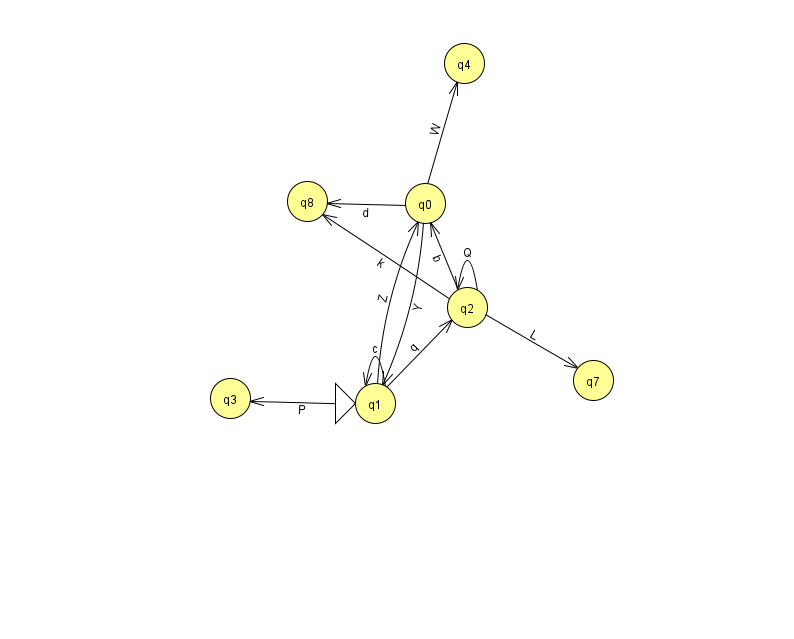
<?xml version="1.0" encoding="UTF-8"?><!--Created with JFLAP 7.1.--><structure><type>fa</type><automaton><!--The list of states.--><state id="0" name="q0"><x>425.0</x><y>190.0</y></state><state id="1" name="q1"><x>375.0</x><y>390.0</y><initial/></state><state id="2" name="q2"><x>467.0</x><y>294.0</y></state><state id="3" name="q3"><x>230.0</x><y>385.0</y></state><state id="4" name="q4"><x>464.0</x><y>50.0</y></state><state id="7" name="q7"><x>593.0</x><y>367.0</y></state><state id="8" name="q8"><x>307.0</x><y>188.0</y></state><!--The list of transitions.--><transition><from>2</from><to>2</to><read>Q</read></transition><transition><from>1</from><to>1</to><read>c</read></transition><transition><from>2</from><to>0</to><read>b</read></transition><transition><from>2</from><to>8</to><read>k</read></transition><transition><from>2</from><to>7</to><read>L</read></transition><transition><from>1</from><to>2</to><read>q</read></transition><transition><from>0</from><to>4</to><read>W</read></transition><transition><from>0</from><to>8</to><read>d</read></transition><transition><from>1</from><to>0</to><read>Z</read></transition><transition><from>1</from><to>3</to><read>P</read></transition><transition><from>0</from><to>1</to><read>Y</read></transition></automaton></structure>